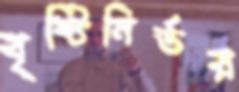
বৃষ্টিনির্ভর